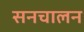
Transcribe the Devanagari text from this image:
सनचालन